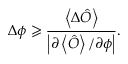
\Delta \phi \geqslant \frac { \left\langle \Delta \hat { O } \right\rangle } { \left\vert \partial \left\langle \hat { O } \right\rangle / \partial \phi \right\vert } .